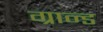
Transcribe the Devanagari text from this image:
ग्रान्ड